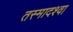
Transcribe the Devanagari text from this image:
तस्मादश्वा